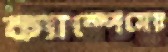
ক্যাম্পেসের